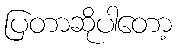
ပြတာဆိုပါတော့